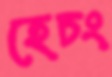
হেচং